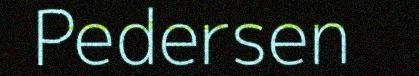
Pedersen